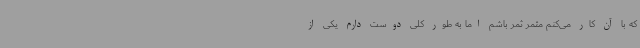
که با آن کار می‌کنم مثمر ثمر باشم اما به طور کلی دوست دارم یکی از